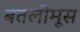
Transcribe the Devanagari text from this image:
बतलीमूस